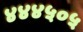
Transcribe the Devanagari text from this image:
४४४५०५